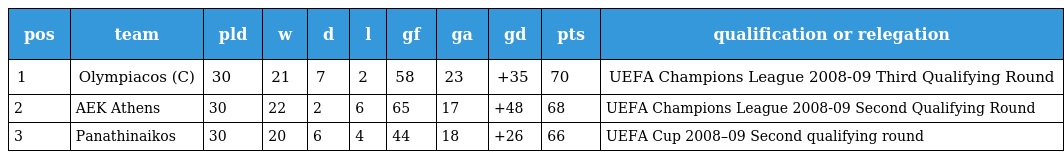
| pos | team | pld | w | d | l | gf | ga | gd | pts | qualification or relegation |
 | --- | --- | --- | --- | --- | --- | --- | --- | --- | --- | --- |
 | 1 | Olympiacos (C) | 30 | 21 | 7 | 2 | 58 | 23 | +35 | 70 | UEFA Champions League 2008-09 Third Qualifying Round |
 | 2 | AEK Athens | 30 | 22 | 2 | 6 | 65 | 17 | +48 | 68 | UEFA Champions League 2008-09 Second Qualifying Round |
 | 3 | Panathinaikos | 30 | 20 | 6 | 4 | 44 | 18 | +26 | 66 | UEFA Cup 2008–09 Second qualifying round |